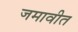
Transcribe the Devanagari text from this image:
जमावीत